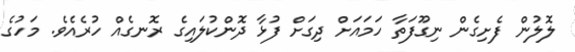
ލޮލުން ފެށިގެން ނިގޫފަތާ ހަމައަށް ދިގަށް ފުޅާ ދޮންކުލައިގެ ރޮނގެއް ހުރެއެވެ. މަހުގެ